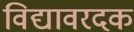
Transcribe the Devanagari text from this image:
विद्यावरदक